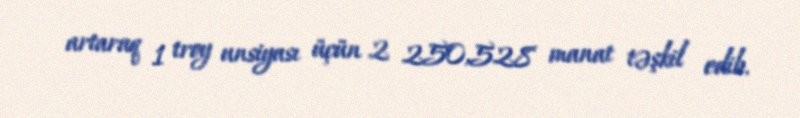
artaraq 1 troy unsiyası üçün 2 250,528 manat təşkil edib.